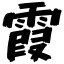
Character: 霞